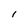
Character: 1